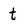
Character: t